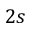
2 s